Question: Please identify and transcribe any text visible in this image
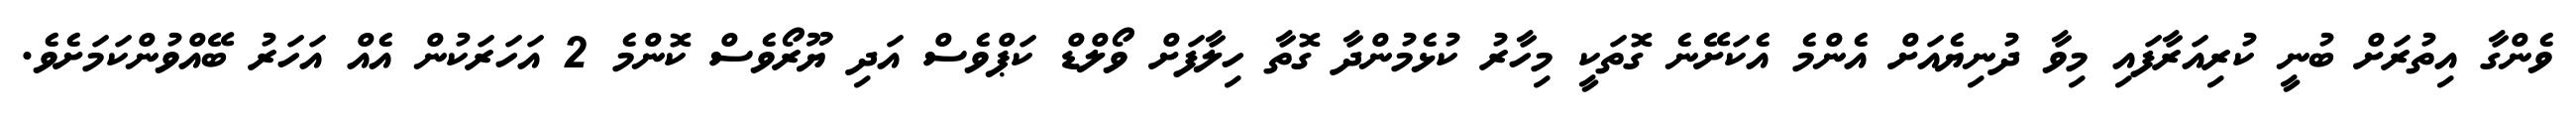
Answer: ވެންގާ އިތުރަށް ބުނީ ކުރިއަރާފައި މިވާ ދުނިޔެއަށް އެންމެ އެކަށޭނެ ގޮތަކީ މިހާރު ކުޅެމުންދާ ގޮތާ ހިލާފަށް ވޯލްޑް ކަޕްވެސް އަދި ޔޫރޯވެސް ކޮންމެ 2 އަހަރަކުން އެއް އަހަރު ބޭއްވުންކަމަށެވެ.